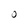
Character: O